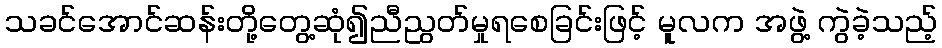
သခင်အောင်ဆန်းတို့တွေ့ဆုံ၍ညီညွတ်မှုရစေခြင်းဖြင့် မူလက အဖွဲ့ ကွဲခဲ့သည့်